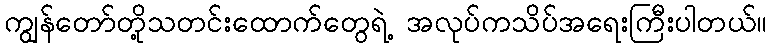
ကျွန်တော်တို့သတင်းထောက်တွေရဲ့ အလုပ်ကသိပ်အရေးကြီးပါတယ်။